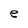
Character: e